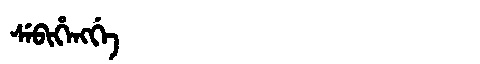
Manchu: ᠰᡝᠪᡳᡥᡝᠩᡤᡝ
Romanization: SEBIHENGGE